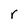
Character: r